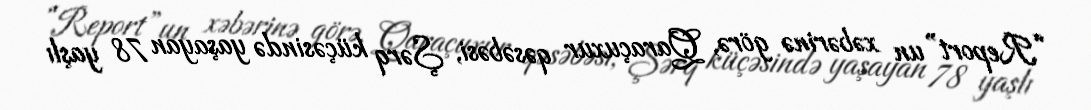
“Report”un xəbərinə görə, Qaraçuxur qəsəbəsi, Şərq küçəsində yaşayan 78 yaşlı